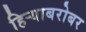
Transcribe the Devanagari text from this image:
हिर्‍याबरोबर